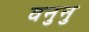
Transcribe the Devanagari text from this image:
वनुनु